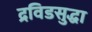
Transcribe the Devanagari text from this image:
द्रविडसुद्धा